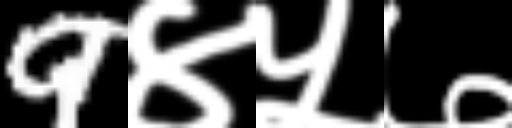
Text: 9४५७